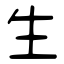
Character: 生